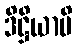
ဒိဋ္ဌိယာပိ